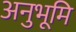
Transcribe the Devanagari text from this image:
अनुभूमि